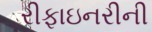
રીફાઇનરીની